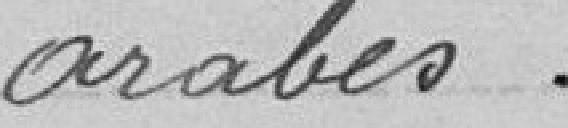
arabes.